Civil Veterinary Department Bihar reports 1940-50 - 1940-1950
Year: 1940
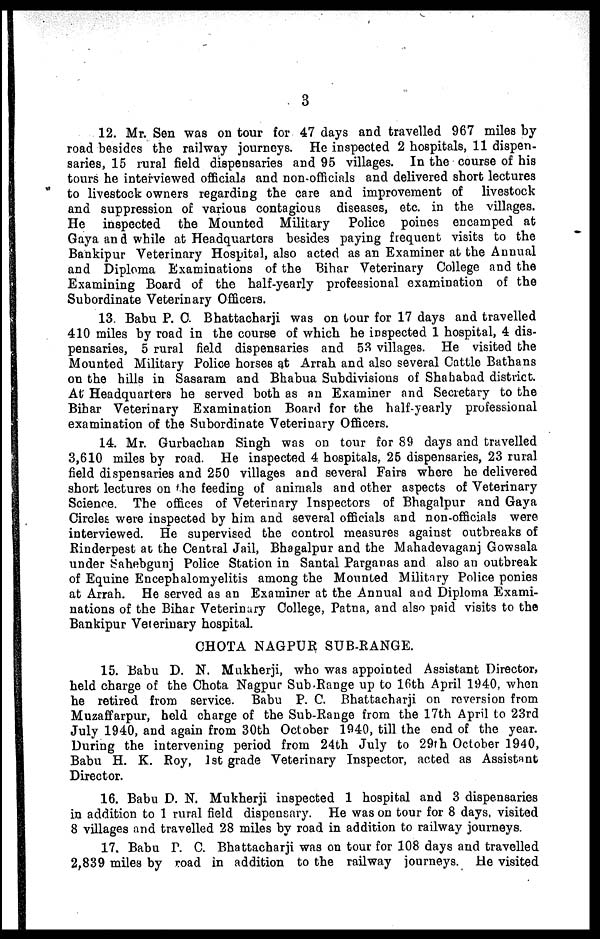
3
12. Mr. Sen was on tour for 47 days and travelled 967 miles by
road besides the railway journeys. He inspected 2 hospitals, 11 dispen-
saries, 15 rural field dispensaries and 95 villages. In the course of his
tours he interviewed officials and non-officials and delivered short lectures
to livestock owners regarding the care and improvement of
livestock
and suppression of various contagious diseases, etc. in the villages.
He inspected the Mounted Military
Police poines encamped at
Gaya and while at Headquarters besides paying frequent visits to the
Bankipur Veterinary Hospital, also acted as an Examiner at the Annual
and Diploma Examinations of the Bihar Veterinary College and the
Examining Board of the half-yearly professional examination of the
Subordinate Veterinary Officers.
13. Babu P. C. Bhattacharji was on tour for 17 days and travelled
410 miles by road in the course of which he inspected 1 hospital, 4 dis-
pensaries, 5 rural field dispensaries and 53 villages. He visited the
Mounted Military Police horses at Arrah and also several Catlle Bathans
on the hills in Sasaram and Bhabua Subdivisions of Shahabad district.
At Headquarters he served both as an Examiner and Secretary to the
Bihar Veterinary Examination Board for the half-yearly professional
examination of the Subordinate Veterinary Officers.
14. Mr. Gurbachan Singh was on tour for 89 days and travelled
3,610 miles by road. He inspected 4 hospitals, 25 dispensaries, 23 rural
field dispensaries and 250 villages and several Fairs where he delivered
short lectures on the feeding of animals and other aspects of Veterinary
Science. The offices of Veterinary Inspectors of Bhagalpur and Gaya
Circles were inspected by him and several officials and non-officials were
interviewed. He supervised the control measures against outbreaks of
Rinderpest at the Central Jail, Bhagalpur and the Mahadevaganj Gowsala
under Sahebgunj Police Station in Santal Parganas and also an outbreak
of Equine Encephalomyelitis among the Mounted Military Police ponies
at Arrah. He served as an Examiner at the Annual and Diploma Exami-
nations of the Bihar Veterinary College, Patna, and also paid visits to the
Bankipur Veterinary hospital.
CHOTA NAGPUR SUB-RANGE.
15. Babu D. N. Mukherji, who was appointed Assistant Director,
held charge of the Chota Nagpur Sub Range up to 16th April 1940, when
he retired from service. Babu P. C. Bhattacharji on reversion from
Muzaffarpur, held charge of the Sub-Range from the 17th April to 23rd
July 1940, and again from 30th October 1940, till the end of the year.
During the intervening period from 24th July to 29th October 1940.
Babu H. K. Roy, 1st grade Veterinary Inspector, acted as Assistant
Director.
16. Babu D. N. Mukherji inspected 1 hospital and 3 dispensaries
in addition to 1 rural field dispensary. He was on tour for 8 days, visited
8 villages and travelled 28 miles by road in addition to railway journeys.
17. Babu P. C. Bhattacharji was on tour for 108 days and travelled
2,839 miles by road in addition to the railway journeys. He visited